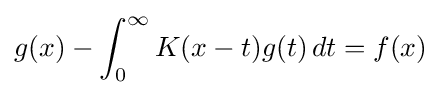
g(x)-\int _{0}^{\infty }K(x-t)g(t)\,dt=f(x)